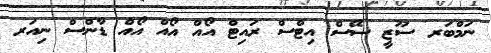
ނަމްބަރ ސޫޒީ ސޭސް އިޓްްސް ރައިޓް އޯއް އޯއް އޯއް ޑާންސް ނިއަރ